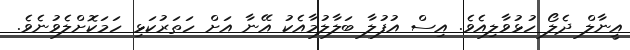
އީނާލް ދެލޯ ހުޅުވާލިއެވެ. އިސް އުފުލާ ބަލާލުމާއެކު އޭނާ އަށް ހަތަރުކަޅި ހަމަކޮށްލެވުނެވެ.